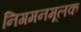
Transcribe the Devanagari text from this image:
निगमनमूलक